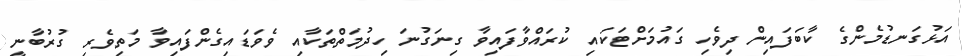
އަޅުގަނޑުމެންގެ ކާބަފައިން ދިވެހި ގައުމަށްޓަކައި ކުރައްވާފައިވާ ގިނަގުނަ ހިދުމަތްތަކާއި ވެވަޑައިގެންފައިވާ މަތިވެރި ގުރުބާނީ